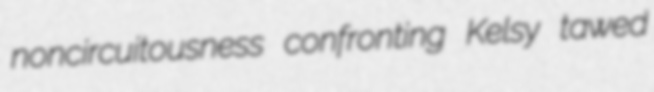
noncircuitousness confronting Kelsy tawed